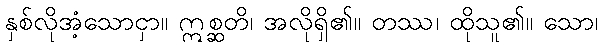
နှစ်လိုအံ့သောငှာ။ ဣစ္ဆတိ၊ အလိုရှိ၏။ တဿ၊ ထိုသူ၏။ သော၊